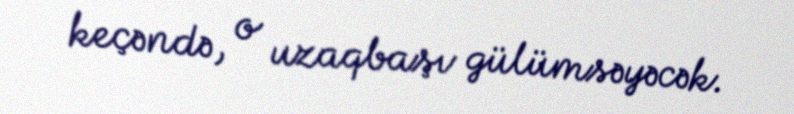
keçəndə, o uzaqbaşı gülümsəyəcək.